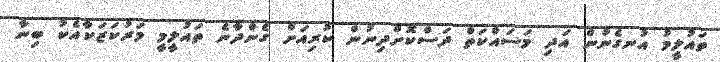
ތައުލީމު އުނގެނުން އަދި މަސައްކަތް ދަސްކޮށްދިނުން ކުރިއަށް ގެންދާނެ ތައުލީމީ މަރުކަޒަކާއެކު ބިނާ